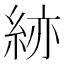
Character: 𥿹